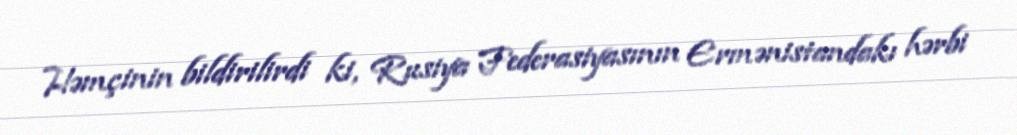
Həmçinin bildirilirdi ki, Rusiya Federasiyasının Ermənistandakı hərbi